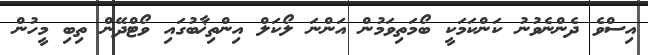
އިސްވެ ދެންނެވުނު ކަންކަމަކީ ބޯމަތިވަމުން އަންނަ ލޯކަލް އިންތިޚާބުގައި ވޯޓްދޭން ތިބި މީހުން